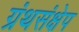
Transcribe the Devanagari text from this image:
ग्रंथसंक्षेप